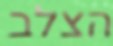
הצלב